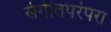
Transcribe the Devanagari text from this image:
संगीतपरंपरा